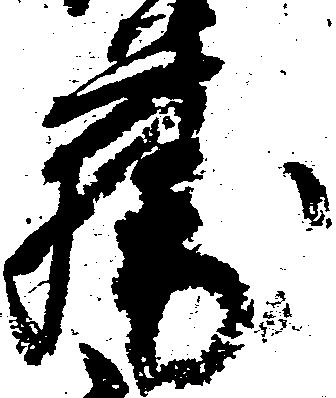
藤